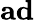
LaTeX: \mathbf{ad}